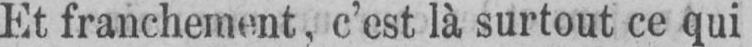
Et franchement, c’est là surtout ce qui